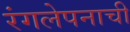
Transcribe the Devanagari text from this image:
रंगलेपनाची